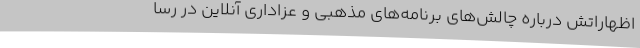
اظهاراتش درباره چالش‌های برنامه‌های مذهبی و عزاداری آنلاین در رسا